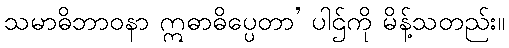
သမာဓိဘာဝနာ ဣဓာဓိပ္ပေတာ’ ပါဌ်ကို မိန့်သတည်း။